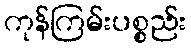
ကုန်ကြမ်းပစ္စည်း